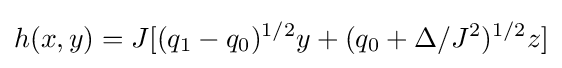
h(x,y)=J[(q_{1}-q_{0})^{1/2}y+(q_{0}+\Delta /J^{2})^{1/2}z]